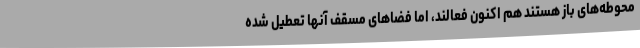
محوطه‌های باز هستند هم اکنون فعالند، اما فضاهای مسقف آنها تعطیل شده